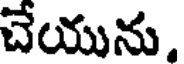
చేయును.